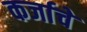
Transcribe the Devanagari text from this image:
कर्जाचे